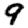
Digit: 9